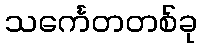
သင်္ကေတတစ်ခု